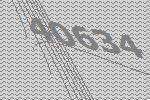
40634